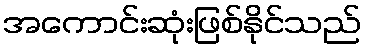
အကောင်းဆုံးဖြစ်နိုင်သည်